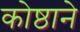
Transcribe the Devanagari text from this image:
कोष्ठाने